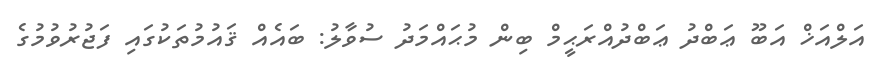
އަލްއަޚް އަބޫ ޢަބްދު ޢަބްދުއްރަޙީމް ބިން މުޙައްމަދު ސުވާލު: ބައެއް ޤައުމުތަކުގައި ފަޖުރުވުމުގެ